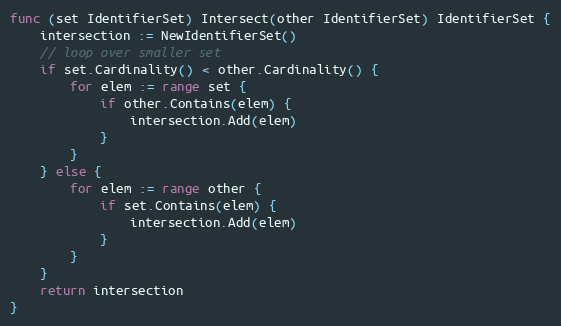
Language: Go
func (set IdentifierSet) Intersect(other IdentifierSet) IdentifierSet {
	intersection := NewIdentifierSet()
	// loop over smaller set
	if set.Cardinality() < other.Cardinality() {
		for elem := range set {
			if other.Contains(elem) {
				intersection.Add(elem)
			}
		}
	} else {
		for elem := range other {
			if set.Contains(elem) {
				intersection.Add(elem)
			}
		}
	}
	return intersection
}